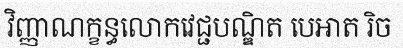
វិញ្ញាណក្ខន្ធលោកវេជ្ជបណ្ឌិត បេអាត រិច